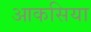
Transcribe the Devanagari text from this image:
आकसिया